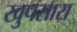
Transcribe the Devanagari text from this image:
खुपसारा